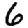
Digit: 6